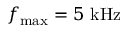
f _ { \mathrm { m a x } } = 5 ~ \mathrm { k H z }